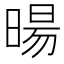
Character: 暘